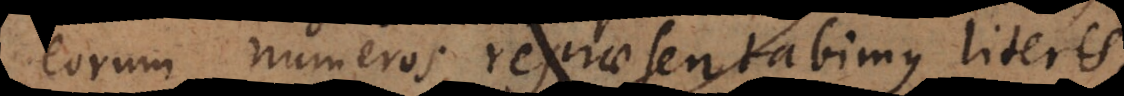
eorum numeros repraesentabimus literis,